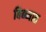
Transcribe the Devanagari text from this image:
बिब्ब्यात